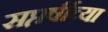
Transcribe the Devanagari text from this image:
सप्तर्षीच्या